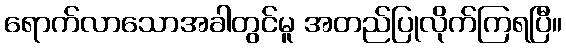
ရောက်လာသောအခါတွင်မူ အတည်ပြုလိုက်ကြရပြီ။